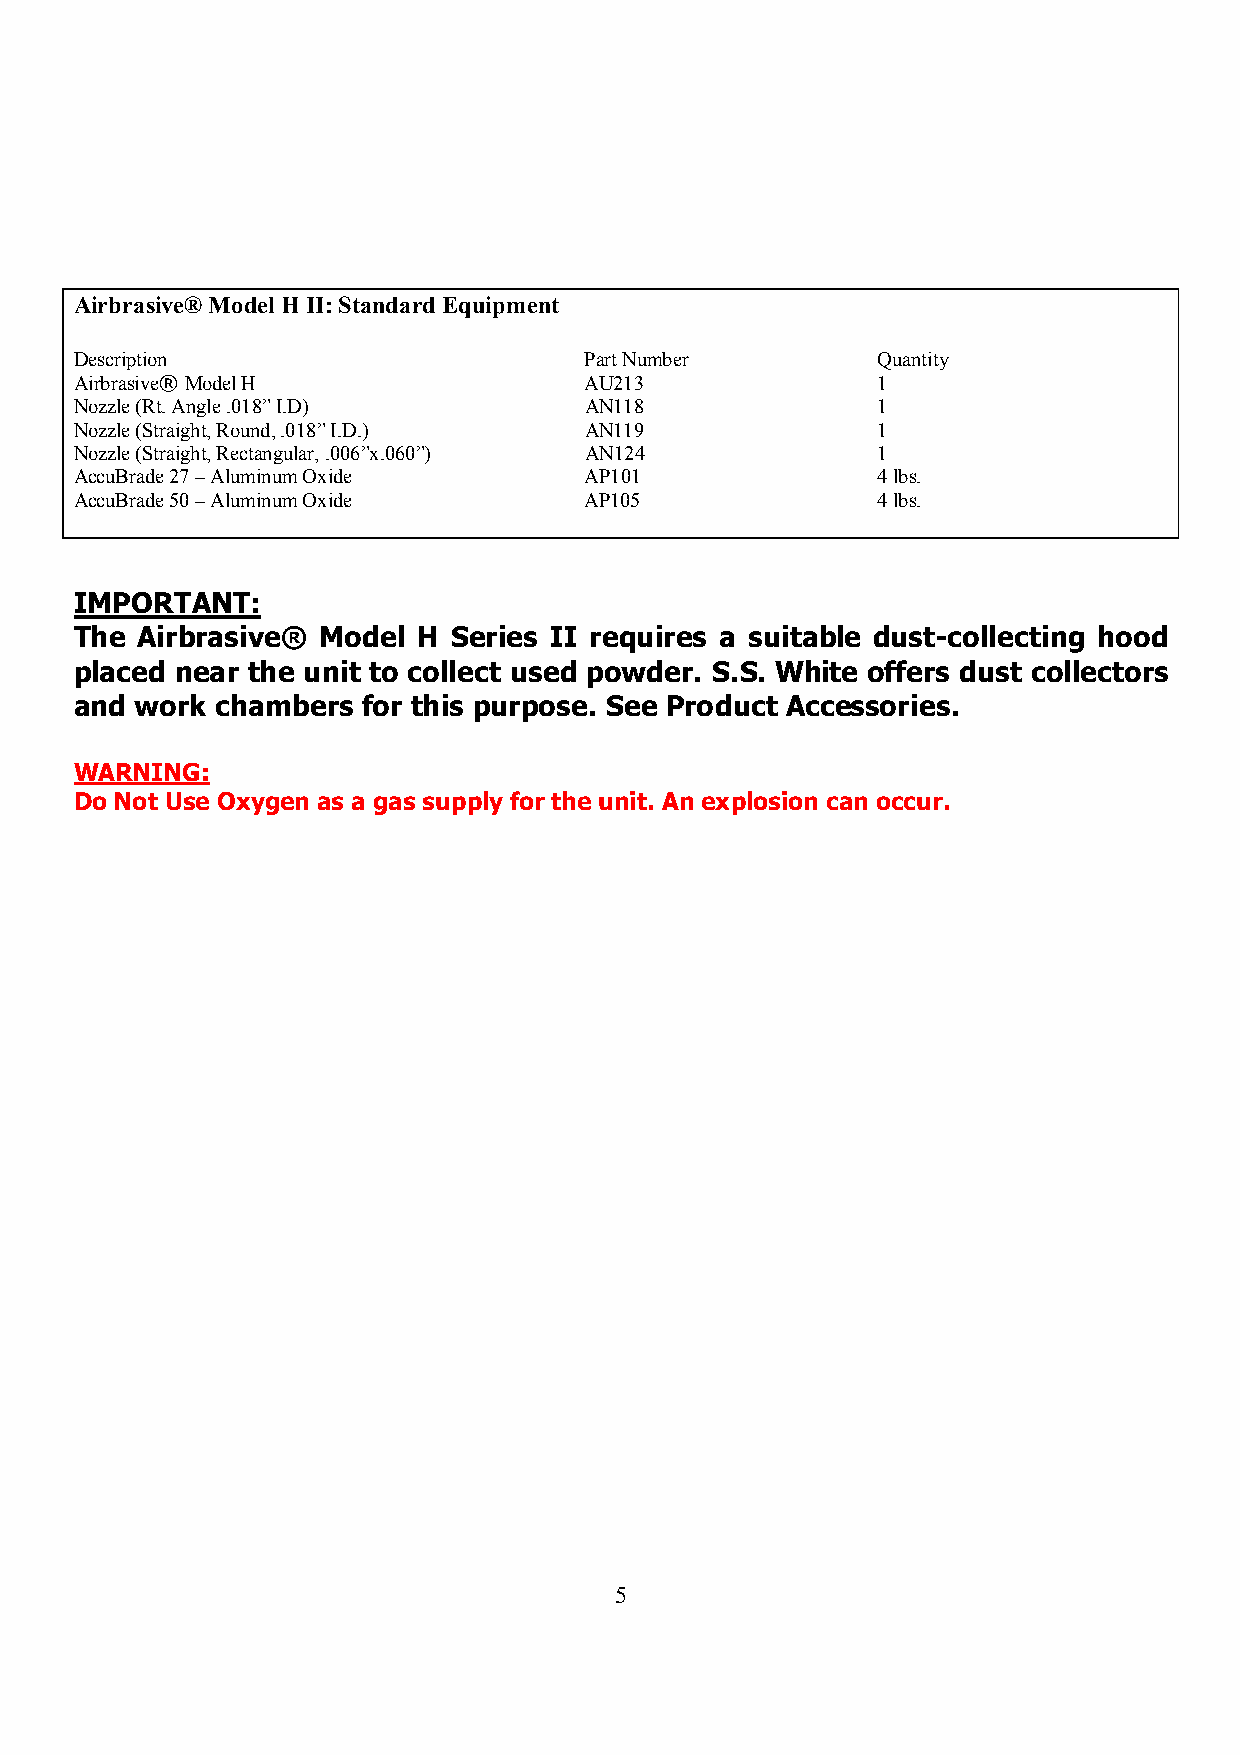
Airbrasive® Model H II: Standard Equipment
 Description                       Part Number        Quantity
 Airbrasive® Model H               AU213              1
 Nozzle (Rt. Angle .018” I.D)      AN118              1
 Nozzle (Straight, Round, .018” I.D.) AN119           1
 Nozzle (Straight, Rectangular, .006”x.060”) AN124    1
 AccuBrade 27 – Aluminum Oxide     AP101              4 lbs.
 AccuBrade 50 – Aluminum Oxide     AP105              4 lbs.
 IMPORTANT:
 The Airbrasive® Model  H Series II requires a suitable dust-collecting hood
 placed near the unit to collect used powder. S.S. White offers dust collectors
 and work chambers  for this purpose. See Product Accessories.
 WARNING:
 Do Not Use Oxygen as a gas supply for the unit. An explosion can occur.
 5